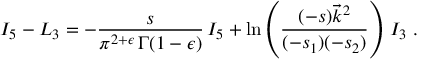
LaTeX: { \cal I } _ { 5 } - { \cal L } _ { 3 } = - \frac { s } { \pi ^ { 2 + \epsilon } \, \Gamma ( 1 - \epsilon ) } \, I _ { 5 } + \ln \left( \frac { ( - s ) \vec { k } ^ { 2 } } { ( - s _ { 1 } ) ( - s _ { 2 } ) } \right) \, { \cal I } _ { 3 } \; .